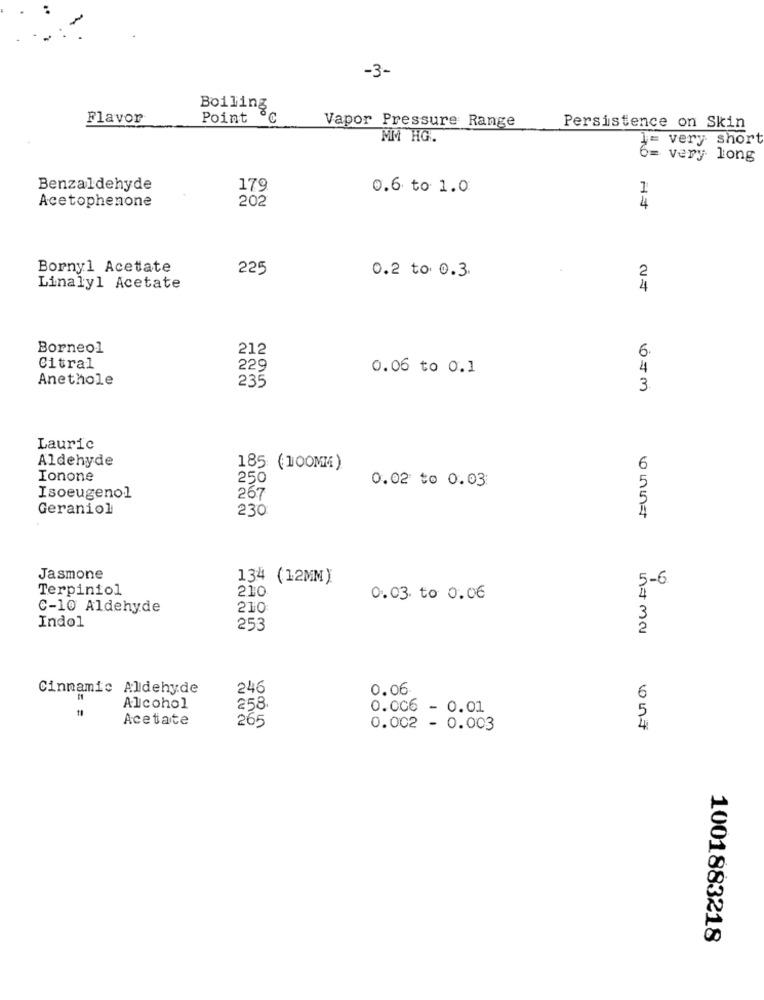
-3-
Boiling
Flavor
Point
180
Vapor Pressure Range
Persistence on Skin
MM HG.
1= very short
6=
very long
Benzaldehyde
179
0.6 to 1.0
1
Acetophenone
202
4
Bornyl Acetate
225
0.2 to 0.3
2
Linalyl Acetate
4
Borneol
212
6
Citral
229
0.06 to 0.1
4
Anethole
235
3.
Lauric
Aldehyde
185 (100MM)
6
Ionone
250
0.02 to 0.03
Isoeugenol
267
Geraniol
230
Jasmone
134 (12MM)
5-6
Terpiniol
210
4
0.03. to 0.06
C-10 Aldehyde
210
Indol
253
Cinnamic Aldehyde
246
0.06
6
Alcohol
258.
0.006 - 0.01
Acetate
265
0.002 - 0.003
1001883218